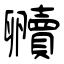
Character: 贕